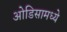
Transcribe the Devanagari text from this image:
ओडिसामध्ये